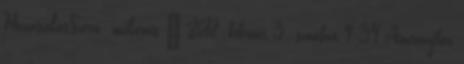
HozzászólásSzerző: unikornis » 2018. február 3., szombat 9:34 Amennyiben